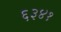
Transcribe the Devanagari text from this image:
६३४१